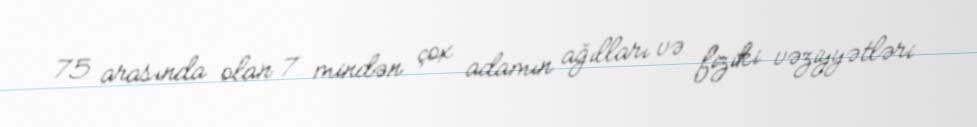
75 arasında olan 7 mindən çox adamın ağılları və fiziki vəziyyətləri